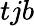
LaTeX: tjb